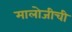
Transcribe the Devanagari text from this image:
मालोजीची